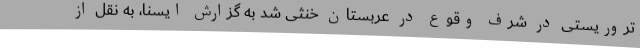
تروریستی در شرف وقوع در عربستان خنثی شد به گزارش ایسنا، به نقل از